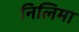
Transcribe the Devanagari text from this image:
निलिमा